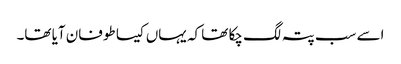
اسے سب پتہ لگ چکا تھا کہ یہاں کیسا طوفان آیا تھا۔